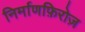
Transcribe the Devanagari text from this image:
निर्माणफ़िरोज़